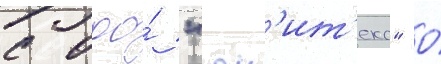
с ооо́ "юн'ит'екс" о́